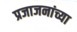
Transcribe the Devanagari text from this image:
प्रजाजनांच्या